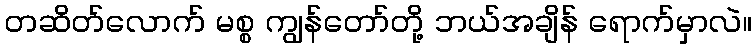
တဆိတ်လောက် မစ္စ ကျွန်တော်တို့ ဘယ်အချိန် ရောက်မှာလဲ။